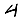
Digit: 4